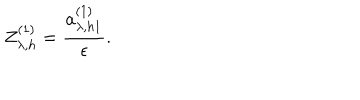
Z _ { \lambda , h } ^ { ( 1 ) } = \frac { a _ { \lambda , h 1 } ^ { ( 1 ) } } { \epsilon } .